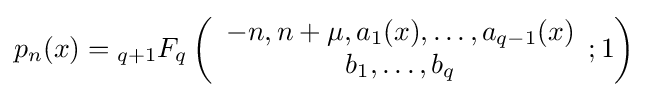
p_{n}(x)={}_{q+1}F_{q}\left({\begin{array}{c}-n,n+\mu ,a_{1}(x),\dots ,a_{q-1}(x)\\b_{1},\dots ,b_{q}\end{array}};1\right)